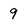
Character: 9